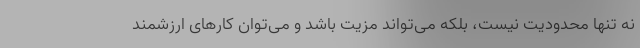
نه تنها محدودیت نیست، بلکه می‌تواند مزیت باشد و می‌توان کارهای ارزشمند